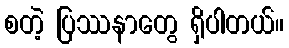
စတဲ့ ပြဿနာတွေ ရှိပါတယ်။